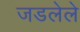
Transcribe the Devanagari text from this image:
जडलेले